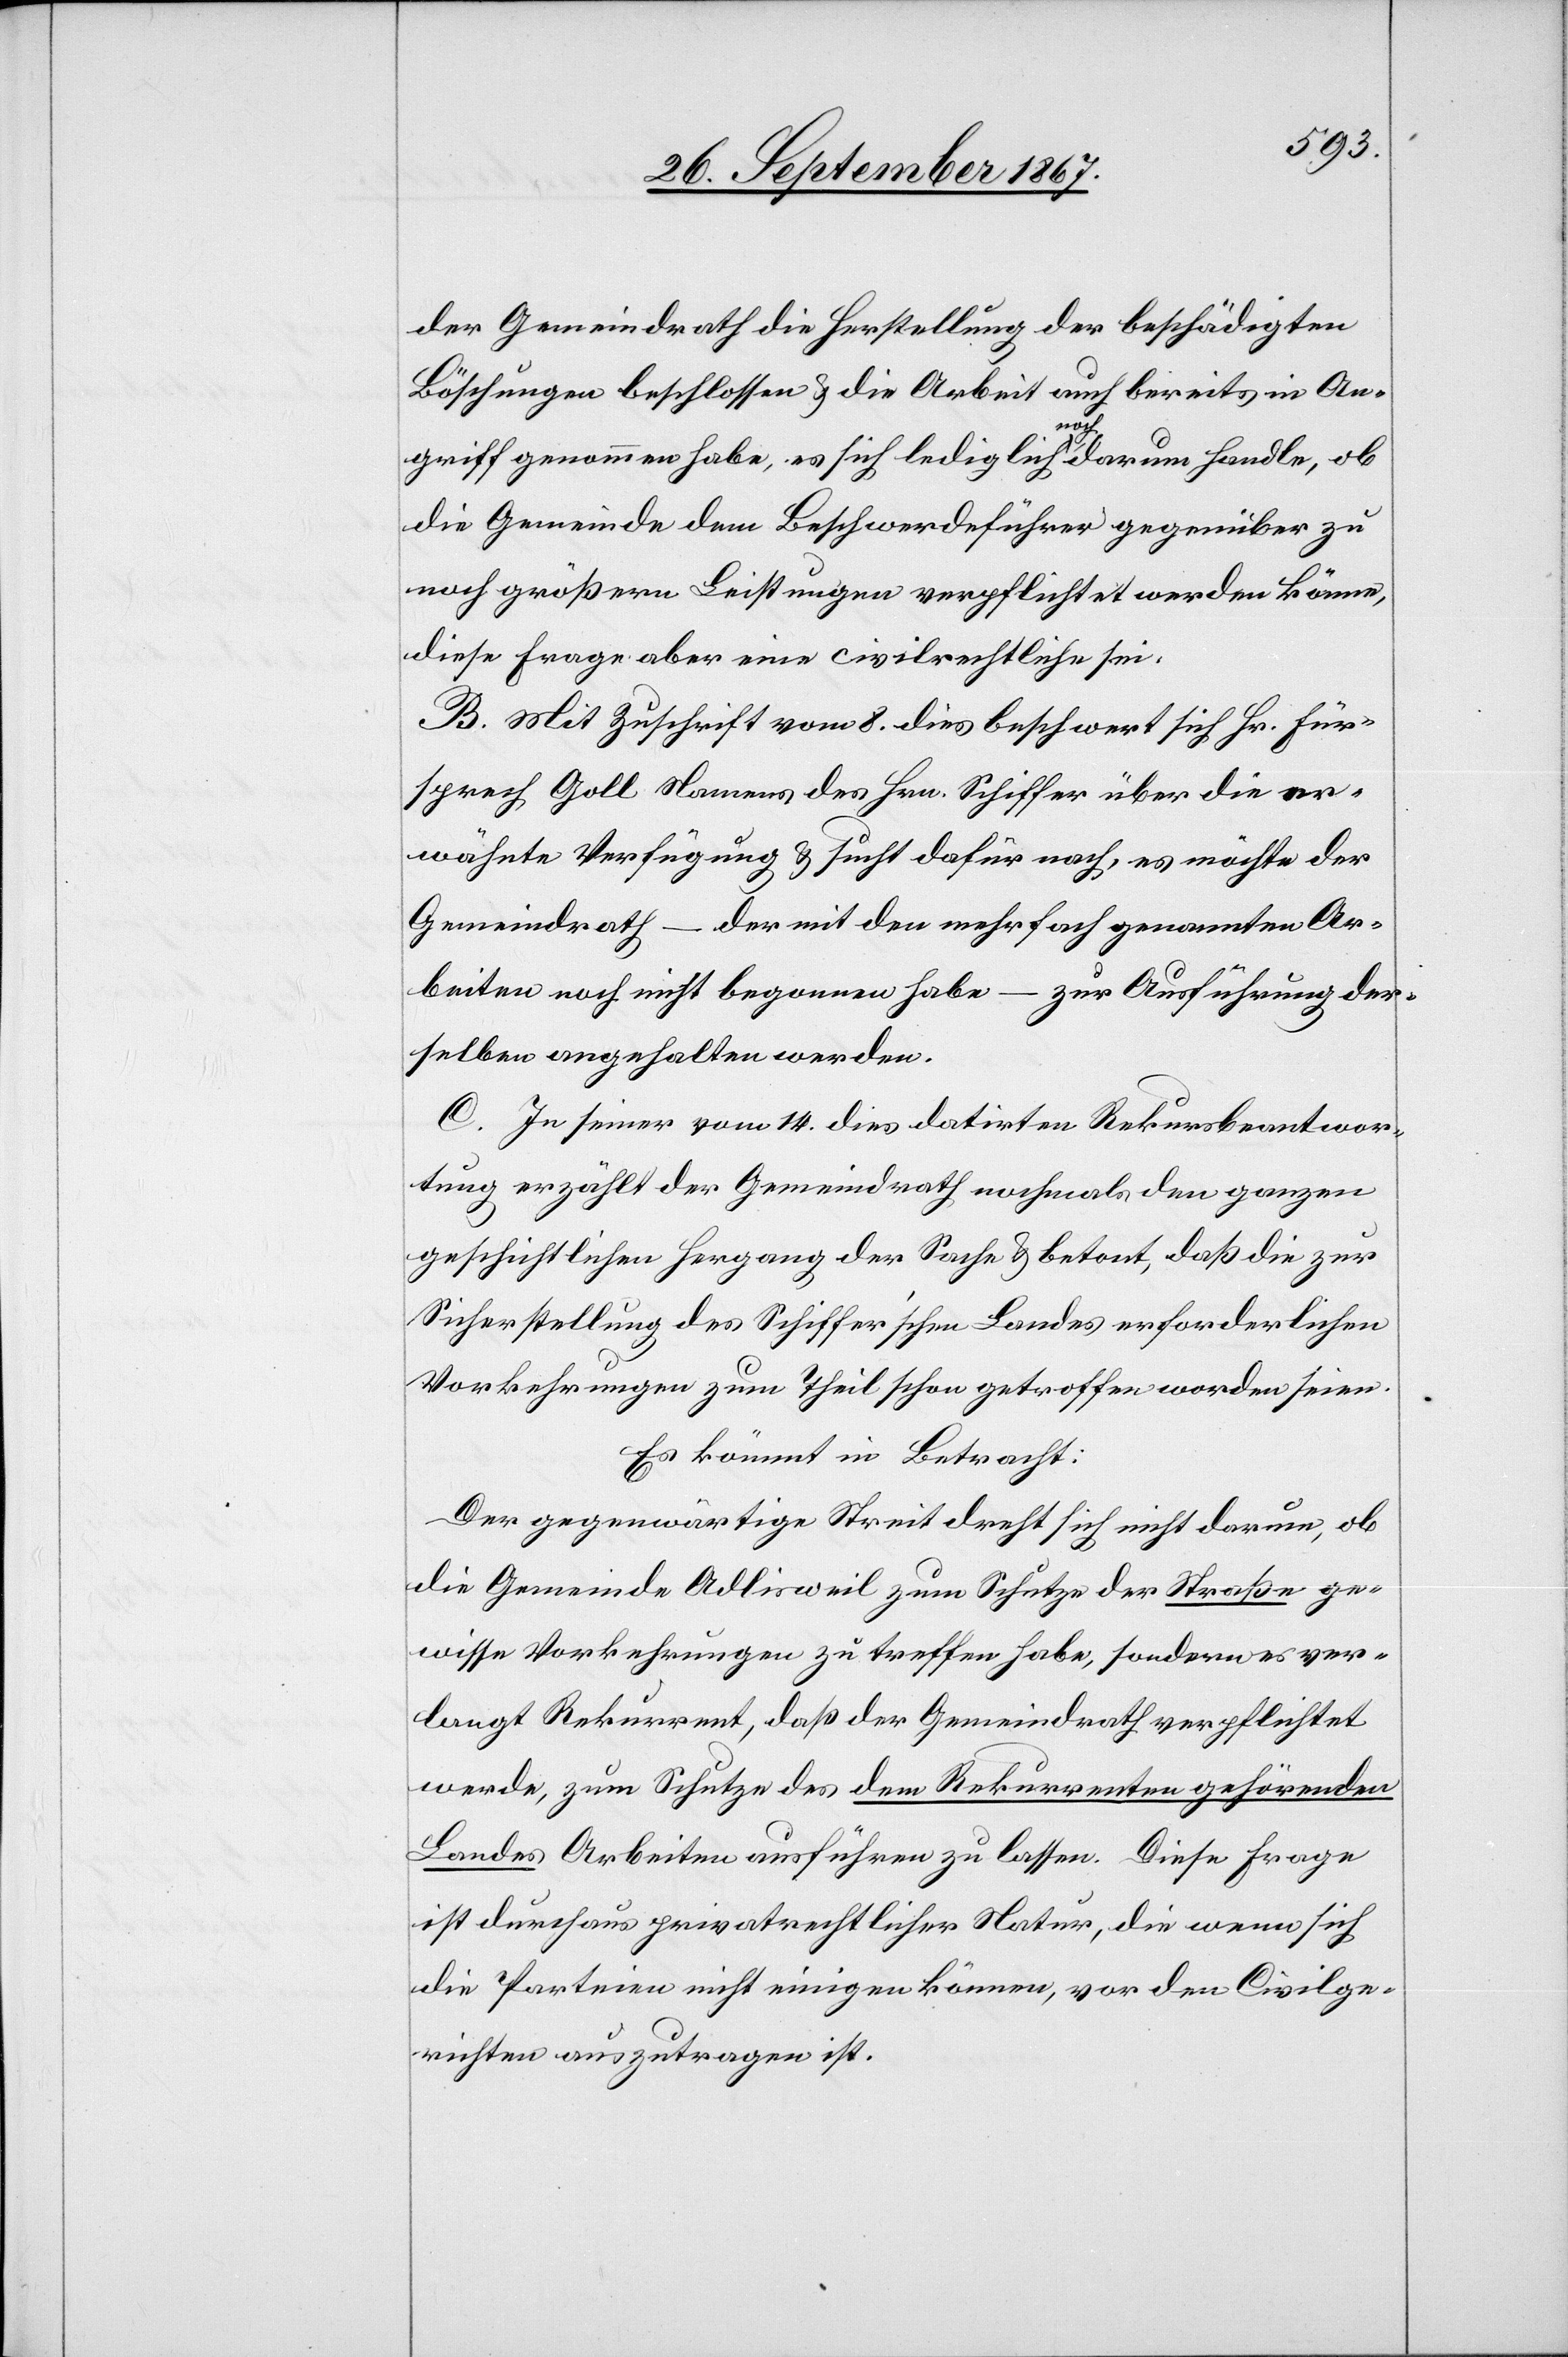
der Gemeindrath die Herstellung der beschädigten
Böschungen beschlossen u. die Arbeit auch bereits in An¬
griff genommen habe, es sich lediglich noch darum handle, ob
die Gemeinde dem Beschwerdeführer gegenüber zu
noch größern Leistungen verpflichtet werden könne,
diese Frage aber eine civilrechtliche sei.
B. Mit Zuschrift vom 8. dies beschwert sich Hr. Für¬
sprech Goll Namens des Hrn. Schiffer über die er¬
wähnte Verfügung u. sucht dafür nach, es möchte der
Gemeindrath – der mit den mehrfach genannten Ar¬
beiten noch nicht begonnen habe – zur Ausführung der¬
selben angehalten werden.
C. In seiner vom 14. dies datirten Rekursbeantwor¬
tung erzählt der Gemeindrath nochmals den ganzen
geschichtlichen Hergang der Sache u. betont, daß die zur
Sicherstellung des Schiffer’schen Landes erforderlichen
Vorkehrungen zum Theil schon getroffen worden seien.
Es kömmt in Betracht:
Der gegenwärtige Streit dreht sich nicht darum, ob
die Gemeinde Adlisweil zum Schutze der Straße ge¬
wisse Vorkehrungen zu treffen habe, sondern es ver¬
langt Rekurrent, daß der Gemeindrath verpflichtet
werde, zum Schutze des dem Rekurrenten gehörenden
Landes Arbeiten ausführen zu lassen. Diese Frage
ist durchaus privatrechtlicher Natur, die wenn sich
die Parteien nicht einigen können, vor den Civilge¬
richten auszutragen ist.